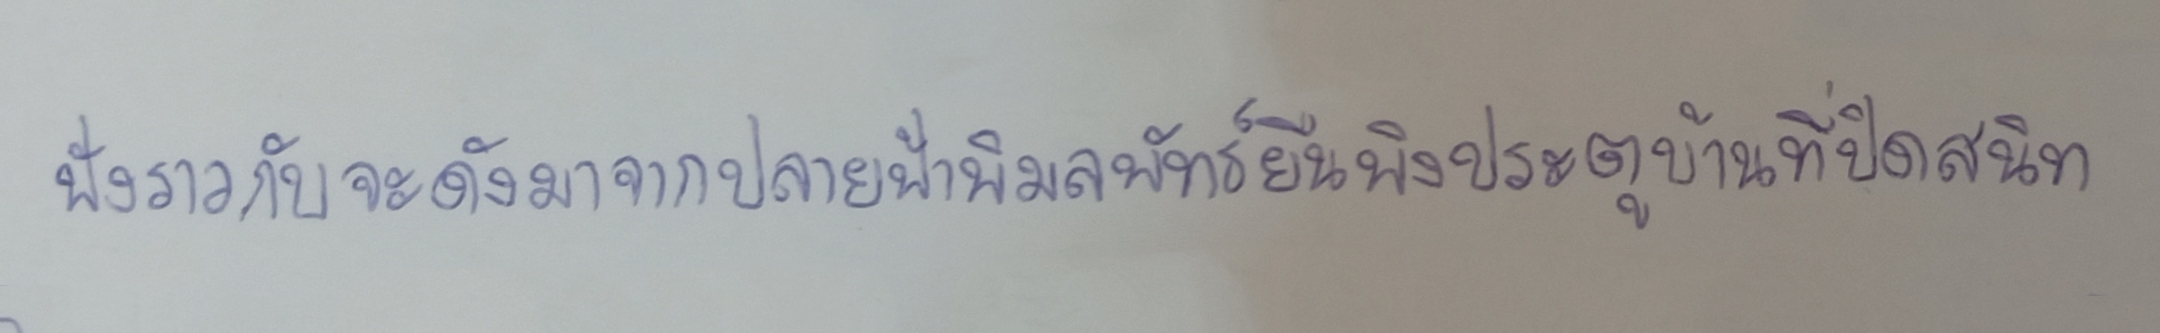
ฟังราวกับจะดังมาจากปลายฟ้าพิมลพัทธ์ยืนพิงประตูบ้านที่ปิดสนิท